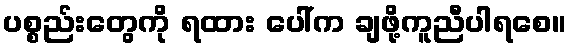
ပစ္စည်းတွေကို ရထား ပေါ်က ချဖို့ကူညီပါရစေ။